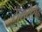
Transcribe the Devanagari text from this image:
संख्येसह